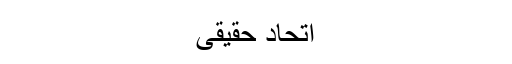
اتحاد حقیقی